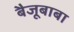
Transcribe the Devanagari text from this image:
बैजूबाबा